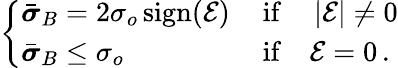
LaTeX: \begin{array}{r}{\left\{ \begin{array}{ll}{\bar{\boldsymbol{\sigma}}_{B}=2\sigma_{o}\, \mathrm{sign}{\left(\mathcal{E}\right)}\, }&{\mathrm{if}\quad\left|\mathcal{E}\right|\ne 0}\\ {\bar{\boldsymbol{\sigma}}_{B}\le\sigma_{o}}&{\mathrm{if}\quad\mathcal{E}=0\, .}\end{array}\right.}\end{array}